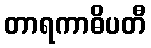
တာရကာဓိပတီ